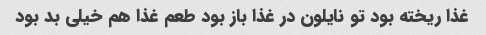
غذا ریخته بود تو نایلون در غذا باز بود طعم غذا هم خیلی بد بود